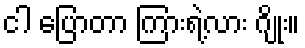
ငါ ပြောတာ ကြားရဲ့လား ဂျိုး။